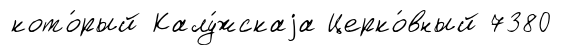
кото́рый Калу́жскаjа Церко́вный 7380